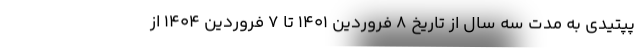
پپتیدی به مدت سه سال از تاریخ ۸ فروردین ۱۴۰۱ تا ۷ فروردین ۱۴۰۴ از